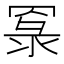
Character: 𦋔